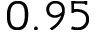
0 . 9 5